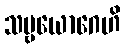
သဗ္ဗယောဂေဟိ